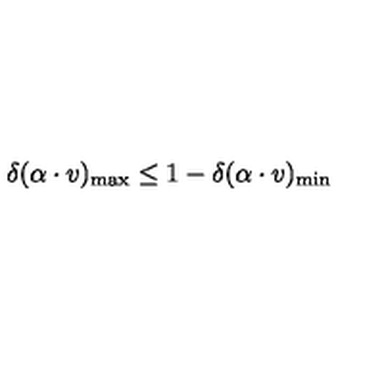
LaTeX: \delta ( \alpha \cdot v ) _ { \mathrm { m a x } } \leq 1 - \delta ( \alpha \cdot v ) _ { \mathrm { m i n } }